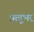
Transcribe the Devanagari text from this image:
ऋतूभर